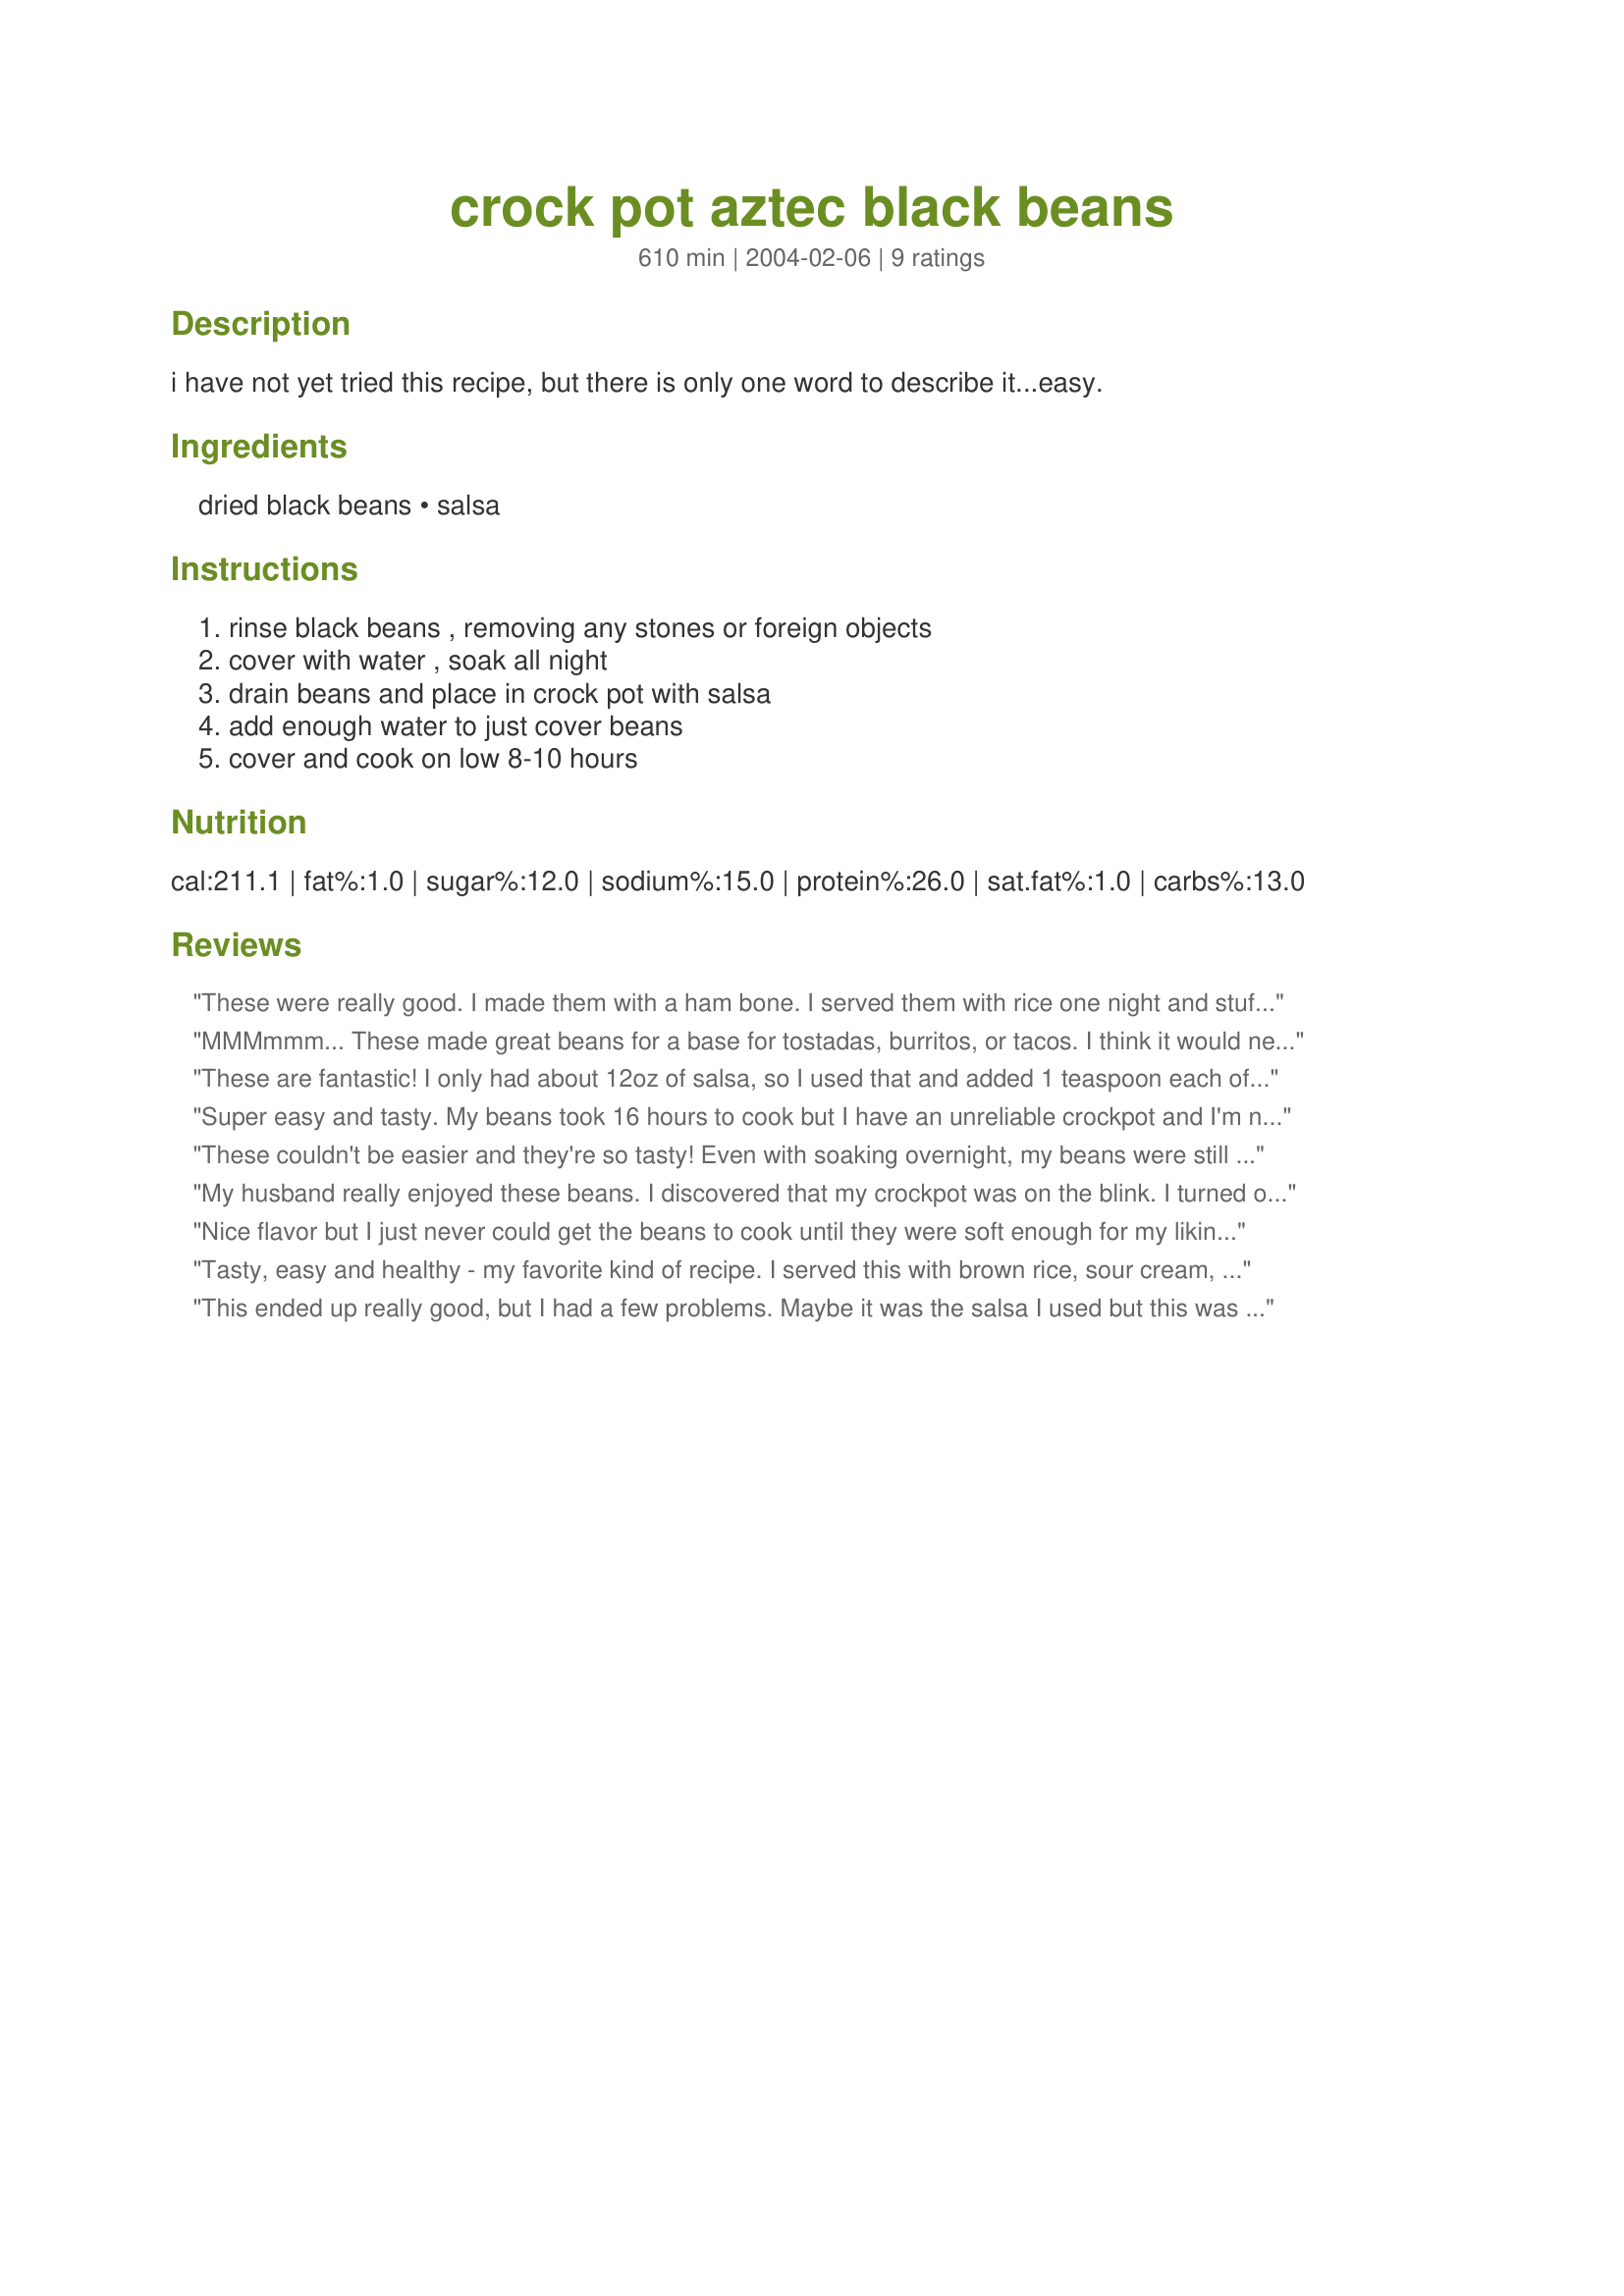
crock pot aztec black beans
Preparation time: 610 minutes

i have not yet tried this recipe, but there is only one word to describe it...easy.

Ingredients:
dried black beans, salsa

Steps:
rinse black beans , removing any stones or foreign objects, cover with water , soak all night, drain beans and place in crock pot with salsa, add enough water to just cover beans, cover and cook on low 8-10 hours

Reviews:
These were really good. I made them with a ham bone. I served them with rice one night and stuffed them in flour tortillas another night. Simple and delicious, it makes a lot!
MMMmmm... These made great beans for a base for tostadas, burritos, or tacos. I think it would need more flavor to be used as a side dish--maybe garlic, onion, bell pepper, and Tobasco in the last hour or less of cooking. They did stick to the side of the crock pot, but the long cooking made them creamy and soft. I forgot to soak the dried beans all night, so I did the "quick soak" method of boiling for 2 min. and simmering for 1 hour. After my quick soak, my beans only needed 4 hours on low in my 5.5 qt cooker to be fully cooked. I turned the heat to warm for two more hours and the beans tasted even better. Thanks for a recipe that will be added to my family favorites!!!
These are fantastic! I only had about 12oz of salsa, so I used that and added 1 teaspoon each of chili powder, cumin, and salt (plus another teaspoon salt after it was cooked). I also put in 6c of water and cooked it on low for 6 hours. So simple, yet delicious! Next time, I think I'll cook them 6.5-7 hours for softer beans (they were cooked but not as soft as I'd have liked) and use less water or just mash some beans for thickening (or do both). Thanks for posting the recipe, Geema!
Super easy and tasty. My beans took 16 hours to cook but I have an unreliable crockpot and I'm not sure the beans were fresh. The flavor is great with NO WORK and almost NO MONEY!
These couldn't be easier and they're so tasty!

Even with soaking overnight, my beans were still a bit crunchier than I prefer after 10 hours on low, so next time I think I'll either let them go longer or cook them on high. I increased the salsa to 32 ounces and reduced the water; I doubt that had much to do with the long cooking time, but it's worth noting.

Next time around I think I'll toss in some garlic. I'm a wimp when it comes to spicy food, so I used mild salsa and I think garlic will perk up these beans.

Thanks!
My husband really enjoyed these beans. I discovered that my crockpot was on the blink. I turned on the crockpot and left for work. When I got home they weren't cooked. So I turned it on low all night, thinking I hadn't turned it on the right setting. The next morning, they were cold so I thought somebody had turned them off. Well after two days of fooling around, I finally switched to a smaller crockpot and they cooked up just fine. I have thrown away the bad one. Thank you so much for posting this. We served it up with yellow rice and chili rellenos. Yum, great meal!
Nice flavor but I just never could get the beans to cook until they were soft enough for my liking. I have put them in a pot to boil so hopefully the texture will improve. Yummy taste though. I served them with Fat Free Whole Wheat Tortillas #109481 and they went well. Thanks!
Tasty, easy and healthy - my favorite kind of recipe. I served this with brown rice, sour cream, guacamole and homemade chips. Thank you. It's a keeper !
This ended up really good, but I had a few problems. Maybe it was the salsa I used but this was not very flavorful. I added some taco seasoning, garlic puree, salt and vinegar and it was good, but before those additions it was pretty bland. I also found that I kept having to add more water and stir the beans because they were sticking to the sides of the crockpot. So, it's not a recipe that I would want to put in the crockpot and then leave for the day. I served these on tortillas with sauteed peppers and onions, and a dollop of sour cream. The end result was very tasty.
